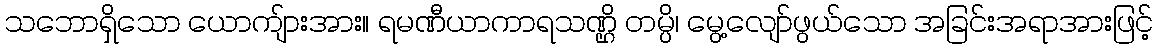
သဘောရှိသော ယောကျ်ားအား။ ရမဏီယာကာရသဏ္ဌိ တမ္ပိ၊ မွေ့လျော်ဖွယ်သော အခြင်းအရာအားဖြင့်